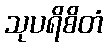
သုပရိစိတံ